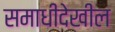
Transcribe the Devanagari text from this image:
समाधीदेखील